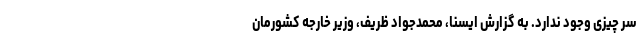
سر چیزی وجود ندارد. به گزارش ایسنا، محمدجواد ظریف، وزیر خارجه کشورمان